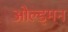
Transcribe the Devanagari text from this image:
ओल्ड्मन